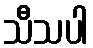
သီသပါ